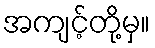
အကျင့်တို့မှ။